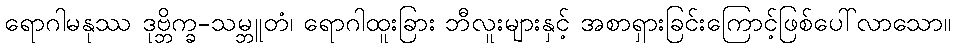
ရောဂါမနုဿ ဒုဗ္ဘိက္ခ-သမ္ဘူတံ၊ ရောဂါထူးခြား ဘီလူးများနှင့် အစာရှားခြင်းကြောင့်ဖြစ်ပေါ်လာသော။